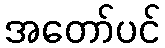
အတော်ပင်